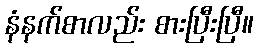
နံနက်စာလည်း စားပြီးပြီ။